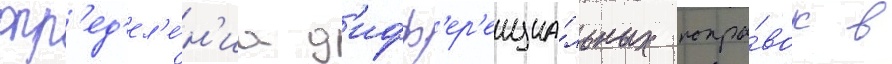
опр'ед'ел'е́н'иа д'ифф'ер'енциа́льных попра́вок в